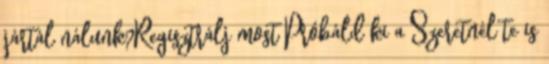
jártál nálunk?Regisztrálj most Próbáld ki a Szeretnél te is